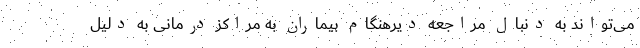
می‌تواند به دنبال مراجعه دیرهنگام بیماران به مراکز درمانی به دلیل